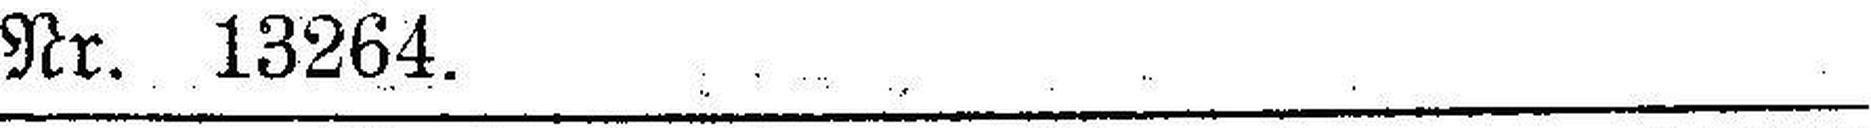
Nr. 13264.